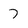
Character: 7